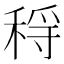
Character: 𥟳